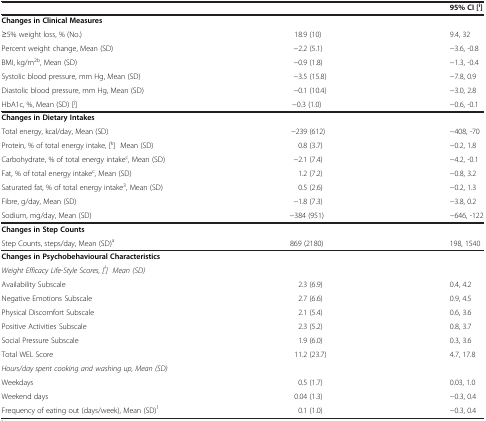
|  |  | 95% CI [i] |
 | --- | --- | --- |
 | Changes in Clinical Measures |  |  |
 | ≥5% weight loss, % (No.) | 18.9 (10) | 9.4, 32 |
 | Percent weight change, Mean (SD) | −2.2 (5.1) | −3.6, -0.8 |
 | BMI, kg/m2b, Mean (SD) | −0.9 (1.8) | −1.3, -0.4 |
 | Systolic blood pressure, mm Hg, Mean (SD) | −3.5 (15.8) | −7.8, 0.9 |
 | Diastolic blood pressure, mm Hg, Mean (SD) | −0.1 (10.4) | −3.0, 2.8 |
 | HbA1c, %, Mean (SD) [j] | −0.3 (1.0) | −0.6, -0.1 |
 | Changes in Dietary Intakes |  |  |
 | Total energy, kcal/day, Mean (SD) | −239 (612) | −408, -70 |
 | Protein, % of total energy intake, [k] Mean (SD) | 0.8 (3.7) | −0.2, 1.8 |
 | Carbohydrate, % of total energy intakec, Mean (SD) | −2.1 (7.4) | −4.2, -0.1 |
 | Fat, % of total energy intakec, Mean (SD) | 1.2 (7.2) | −0.8, 3.2 |
 | Saturated fat, % of total energy intake3, Mean (SD) | 0.5 (2.6) | −0.2, 1.3 |
 | Fibre, g/day, Mean (SD) | −1.8 (7.3) | −3.8, 0.2 |
 | Sodium, mg/day, Mean (SD) | −384 (951) | −646, -122 |
 | Changes in Step Counts |  |  |
 | Step Counts, steps/day, Mean (SD)a | 869 (2180) | 198, 1540 |
 | Changes in Psychobehavioural Characteristics |  |  |
 | Weight Efficacy Life-Style Scores, [l] Mean (SD) |  |  |
 | Availability Subscale | 2.3 (6.9) | 0.4, 4.2 |
 | Negative Emotions Subscale | 2.7 (6.6) | 0.9, 4.5 |
 | Physical Discomfort Subscale | 2.1 (5.4) | 0.6, 3.6 |
 | Positive Activities Subscale | 2.3 (5.2) | 0.8, 3.7 |
 | Social Pressure Subscale | 1.9 (6.0) | 0.3, 3.6 |
 | Total WEL Score | 11.2 (23.7) | 4.7, 17.8 |
 | Hours/day spent cooking and washing up, Mean (SD) |  |  |
 | Weekdays | 0.5 (1.7) | 0.03, 1.0 |
 | Weekend days | 0.04 (1.3) | −0.3, 0.4 |
 | Frequency of eating out (days/week), Mean (SD)1 | 0.1 (1.0) | −0.3, 0.4 |